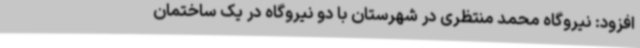
افزود: نیروگاه محمد منتظری در شهرستان با دو نیروگاه در یک ساختمان